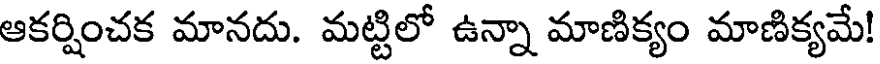
ఆకర్షించక మానదు. మట్టిలో ఉన్నా మాణిక్యం మాణిక్యమే!